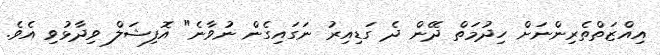
އިއްޒަތްތެރިންނަށް ހިދުމަތް ދޭން ދެ ގަޑިއިރު ނަގައިގެން ނުވާނެ" އޮފިޝަލް ވިދާޅުވި އެވެ.